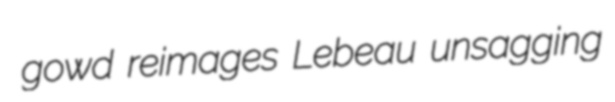
gowd reimages Lebeau unsagging